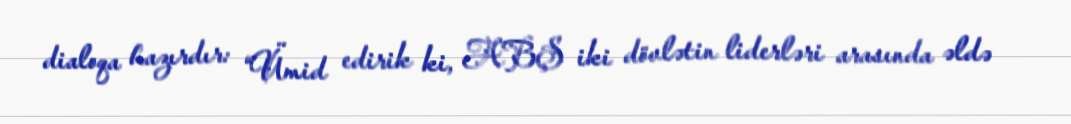
dialoqa hazırdır: “Ümid edirik ki, ABŞ iki dövlətin liderləri arasında əldə